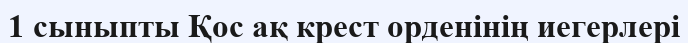
1 сыныпты Қос ақ крест орденінің иегерлері